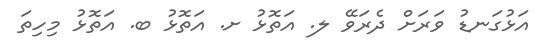
އަޅުގަނޑު ވަރަށް ދެރަވޭ ލ. އަތޮޅު ށ. އަތޮޅު ބ. އަތޮޅު މިހިތަ